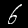
Label: 6